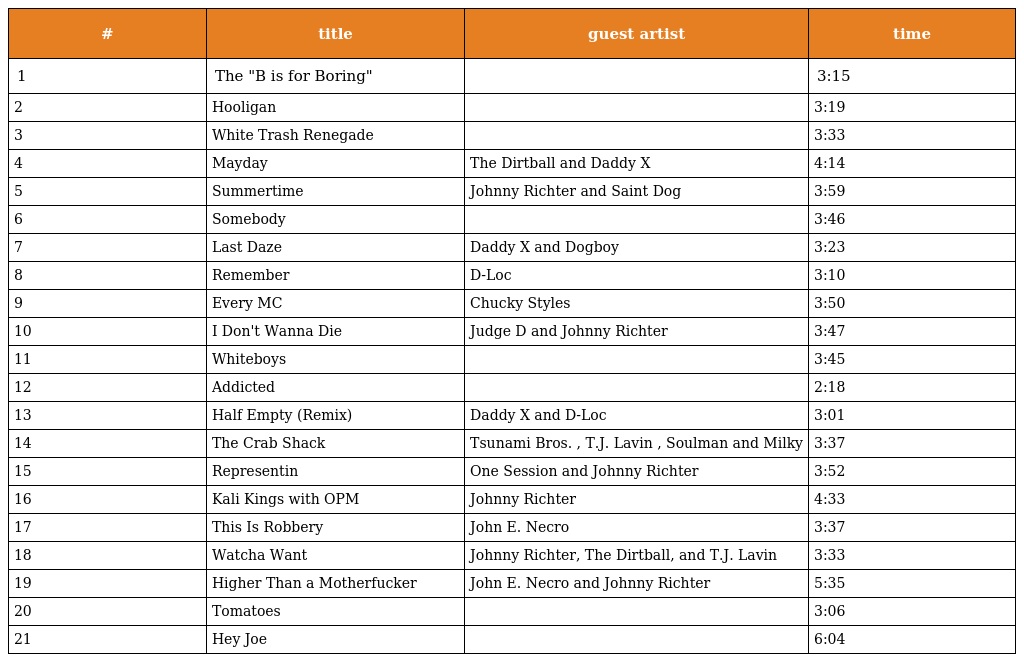
| # | title | guest artist | time |
 | --- | --- | --- | --- |
 | 1 | The "B is for Boring" |  | 3:15 |
 | 2 | Hooligan |  | 3:19 |
 | 3 | White Trash Renegade |  | 3:33 |
 | 4 | Mayday | The Dirtball and Daddy X | 4:14 |
 | 5 | Summertime | Johnny Richter and Saint Dog | 3:59 |
 | 6 | Somebody |  | 3:46 |
 | 7 | Last Daze | Daddy X and Dogboy | 3:23 |
 | 8 | Remember | D-Loc | 3:10 |
 | 9 | Every MC | Chucky Styles | 3:50 |
 | 10 | I Don't Wanna Die | Judge D and Johnny Richter | 3:47 |
 | 11 | Whiteboys |  | 3:45 |
 | 12 | Addicted |  | 2:18 |
 | 13 | Half Empty (Remix) | Daddy X and D-Loc | 3:01 |
 | 14 | The Crab Shack | Tsunami Bros. , T.J. Lavin , Soulman and Milky | 3:37 |
 | 15 | Representin | One Session and Johnny Richter | 3:52 |
 | 16 | Kali Kings with OPM | Johnny Richter | 4:33 |
 | 17 | This Is Robbery | John E. Necro | 3:37 |
 | 18 | Watcha Want | Johnny Richter, The Dirtball, and T.J. Lavin | 3:33 |
 | 19 | Higher Than a Motherfucker | John E. Necro and Johnny Richter | 5:35 |
 | 20 | Tomatoes |  | 3:06 |
 | 21 | Hey Joe |  | 6:04 |